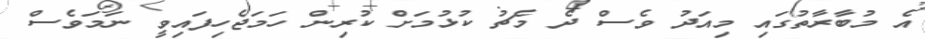
އެ މުބާރާތުގައި މިއަދު ވެސް ދެ މެޗު ކުޅުމަށް ކުރިން ހަމަޖެހިފައިވީ ނަމަވެސް